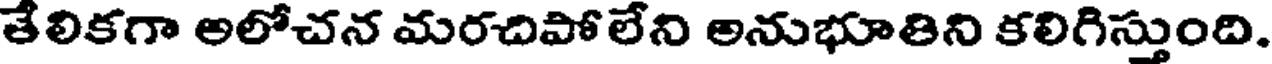
తేలికగా అలోచన మరచిపోలేని అనుభూతిని కలిగిస్తుంది.